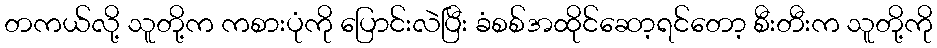
တကယ်လို့ သူတို့က ကစားပုံကို ပြောင်းလဲပြီး ခံစစ်အထိုင်ဆော့ရင်တော့ စီးတီးက သူတို့ကို